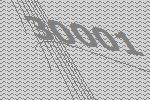
30001